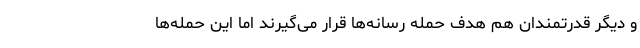
و دیگر قدرتمندان هم هدف حمله رسانه‌ها قرار می‌گیرند اما این حمله‌ها